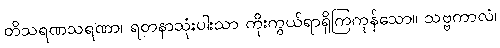
တိသရဏသရဏာ၊ ရတနာသုံးပါးသာ ကိုးကွယ်ရာရှိကြကုန်သော။ သဗ္ဗကာလံ၊